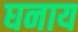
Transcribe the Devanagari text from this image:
घनाय